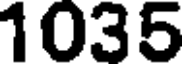
1035